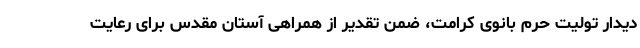
دیدار تولیت حرم بانوی کرامت، ضمن تقدیر از همراهی آستان مقدس برای رعایت